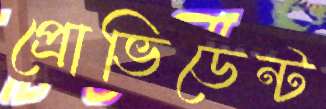
প্রোভিডেন্ট